Report of the Indian Hemp Drugs Commission, 1894-1895 - Volume III
Year: 1894
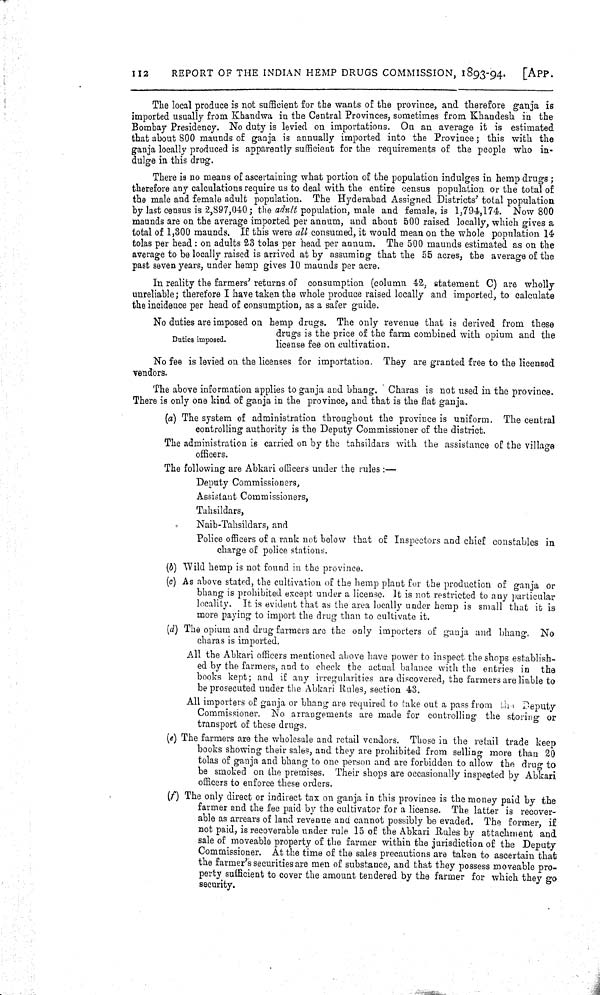
112
REPORT OF THE INDIAN HEMP DRUGS COMMISSION, 1893-94.
[APP.
The local produce is not sufficient for the wants of the province, and therefore ganja is
imported usually from Khandwa in the Central Provinces, sometimes from Khandesh in the
Bombay Presidency. No duty is levied on importations. On an average it is estimated
that about 800 maunds of ganja is annually imported into the Province; this with the
ganja locally produced is apparently sufficient for the requirements of the people who in-
dulge in this drug.
There is no means of ascertaining what portion of the population indulges in hemp drugs;
therefore any calculations require us to deal with the entire census population or the total of
the male and female adult population. The Hyderabad Assigned Districts' total population
by last census is 2,897,040; the adult population, male and female, is 1,794,174. Now 800
maunds are on the average imported per annum, and about 500 raised locally, which gives a
total of 1,300 maunds. If this were all consumed, it would mean on the whole population 14
tolas per head: on adults 23 tolas per head per annum. The 500 maunds estimated as on the
average to be locally raised is arrived at by assuming that the 55 acres, the average of the
past seven years, under hemp gives 10 maunds per acre.
In reality the farmers' returns of consumption (column 42, statement C) are wholly
unreliable; therefore I have taken the whole produce raised locally and imported, to calculate
the incidence per head of consumption, as a safer guide.
Duties imposed.
No duties are imposed on hemp drugs. The only revenue that is derived from these
drugs is the price of the farm combined with opium and the
license fee on cultivation.
No fee is levied on the licenses for importation. They are granted free to the licensed
vendors.
The above information applies to ganja and bhang. Charas is not used in the province.
There is only one kind of ganja in the province, and that is the flat ganja.
(a) The system of administration throughout the province is uniform. The central
controlling authority is the Deputy Commissioner of the district.
The administration is carried on by the tahsildars with the assistance of the village
officers.
The following are Abkari officers under the rules:-
Deputy Commissioners,
Assistant Commissioners,
Tahsildars,
Naib-Tahsildars, and
Police officers of a rank not below that of Inspectors and chief constables in
charge of police stations.
(b) Wild hemp is not found in the province.
(c) As above stated, the cultivation of the hemp plant for the production of ganja or
bhang is prohibited except under a license. It is not restricted to any particular
locality. It is evident that as the area locally under hemp is small that it is
more paying to import the drug than to cultivate it.
(d) The opium and drug farmers are the only importers of ganja and bhang. No
charas is imported.
All the Abkari officers mentioned above have power to inspect the shops establish-
ed by the farmers, and to check the actual balance with the entries in the
books kept; and if any irregularities are discovered, the farmers are liable to
be prosecuted under the Abkari Rules, section 43.
All importers of ganja or bhang are required to take out a pass from the Deputy
Commissioner. No arrangements are made for controlling the storing or
transport of these drugs.
(e) The farmers are the wholesale and retail vendors. Those in the retail trade keep
books showing their sales, and they are prohibited from selling more than 20
tolas of ganja and bhang to one person and are forbidden to allow the drug to
be smoked on the premises. Their shops are occasionally inspected by Abkari
officers to enforce these orders.
(f) The only direct or indirect tax on ganja in this province is the money paid by the
farmer and the fee paid by the cultivator for a license. The latter is recover-
able as arrears of land revenue and cannot possibly be evaded. The former, if
not paid, is recoverable under rule 15 of the Abkari Rules by attachment and
sale of moveable property of the farmer within the jurisdiction of the Deputy
Commissioner. At the time of the sales precautions are taken to ascertain that
the farmer's securities are men of substance, and that they possess moveable pro-
perty sufficient to cover the amount tendered by the farmer for which they go
security.